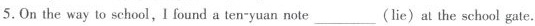
5. On the way to school,I found a ten-yuan note___(lie)al the school gate.